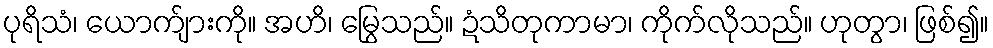
ပုရိသံ၊ ယောက်ျားကို။ အဟိ၊ မြွေသည်။ ဍံသိတုကာမာ၊ ကိုက်လိုသည်။ ဟုတွာ၊ ဖြစ်၍။